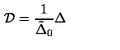
\mathrm { \boldmath { { \cal D } } } = { \frac { 1 } { \tilde { \Delta } _ { 0 } } } \mathrm { \boldmath { \Delta } }